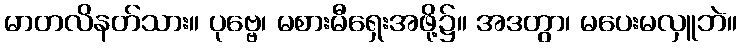
မာတလိနတ်သား။ ပုဗ္ဗေ၊ မစားမီရှေးအဖို့၌။ အဒတွာ၊ မပေးမလှူဘဲ။